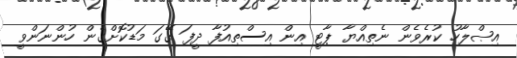
އިޞްލާހު ކުރެވެން ނެތިއްޔާ ޕާޓީ އިން އިސްތިއުފާ ދީފަ ގޭގަ މަޑުކޮށްގެން ހުންނަންވީ